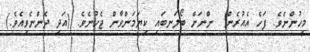
މީހުންނެވެ. ފަހެ އެއުރެން  ންނަށް ބޯލަނބައި ކިޔަމަންވާން ޖެހުނެވެ. (އަދި ދެންނެވިއެވެ.)